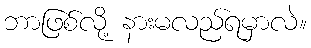
ဘာဖြစ်လို့ နားမလည်ရမှာလဲ။